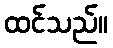
ထင်သည်။